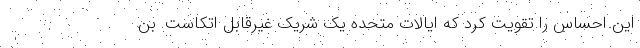
این احساس را تقویت کرد که ایالات متحده یک شریک غیرقابل اتکاست. بن